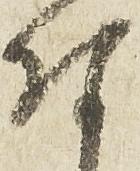
付